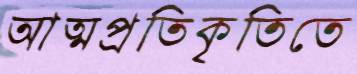
আত্মপ্রতিকৃতিতে